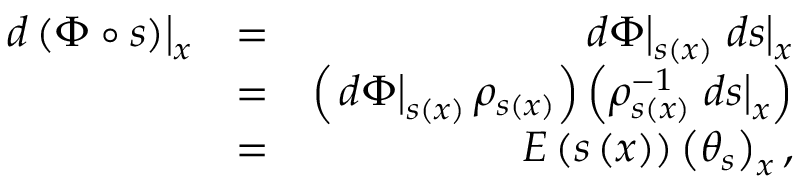
\begin{array} { r l r } { \left. d \left( \Phi \circ s \right) \right\vert _ { x } } & { = } & { \left. d \Phi \right\vert _ { s \left( x \right) } \left. d s \right\vert _ { x } } \\ & { = } & { \left( \left. d \Phi \right\vert _ { s \left( x \right) } \rho _ { s \left( x \right) } \right) \left( \rho _ { s \left( x \right) } ^ { - 1 } \left. d s \right\vert _ { x } \right) } \\ & { = } & { E \left( s \left( x \right) \right) \left( \theta _ { s } \right) _ { x } , } \end{array}